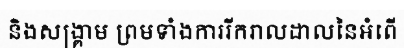
និងសង្គ្រាម ព្រមទាំងការរីករាលដាលនៃអំពើ